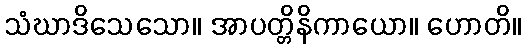
သံဃာဒိသေသော။ အာပတ္တိနိကာယော။ ဟောတိ။